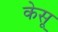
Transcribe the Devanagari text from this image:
केसू